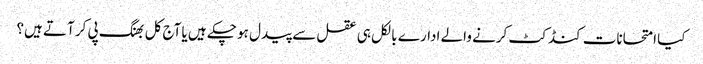
کیا امتحانات کنڈکٹ کرنے والے ادارے بالکل ہی عقل سے پیدل ہو چکے ہیں یا آج کل بھنگ پی کر آتے ہیں؟